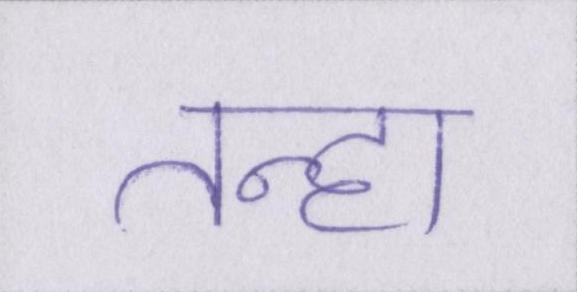
तन्हा